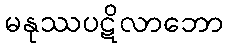
မနုဿပဋိလာဘော